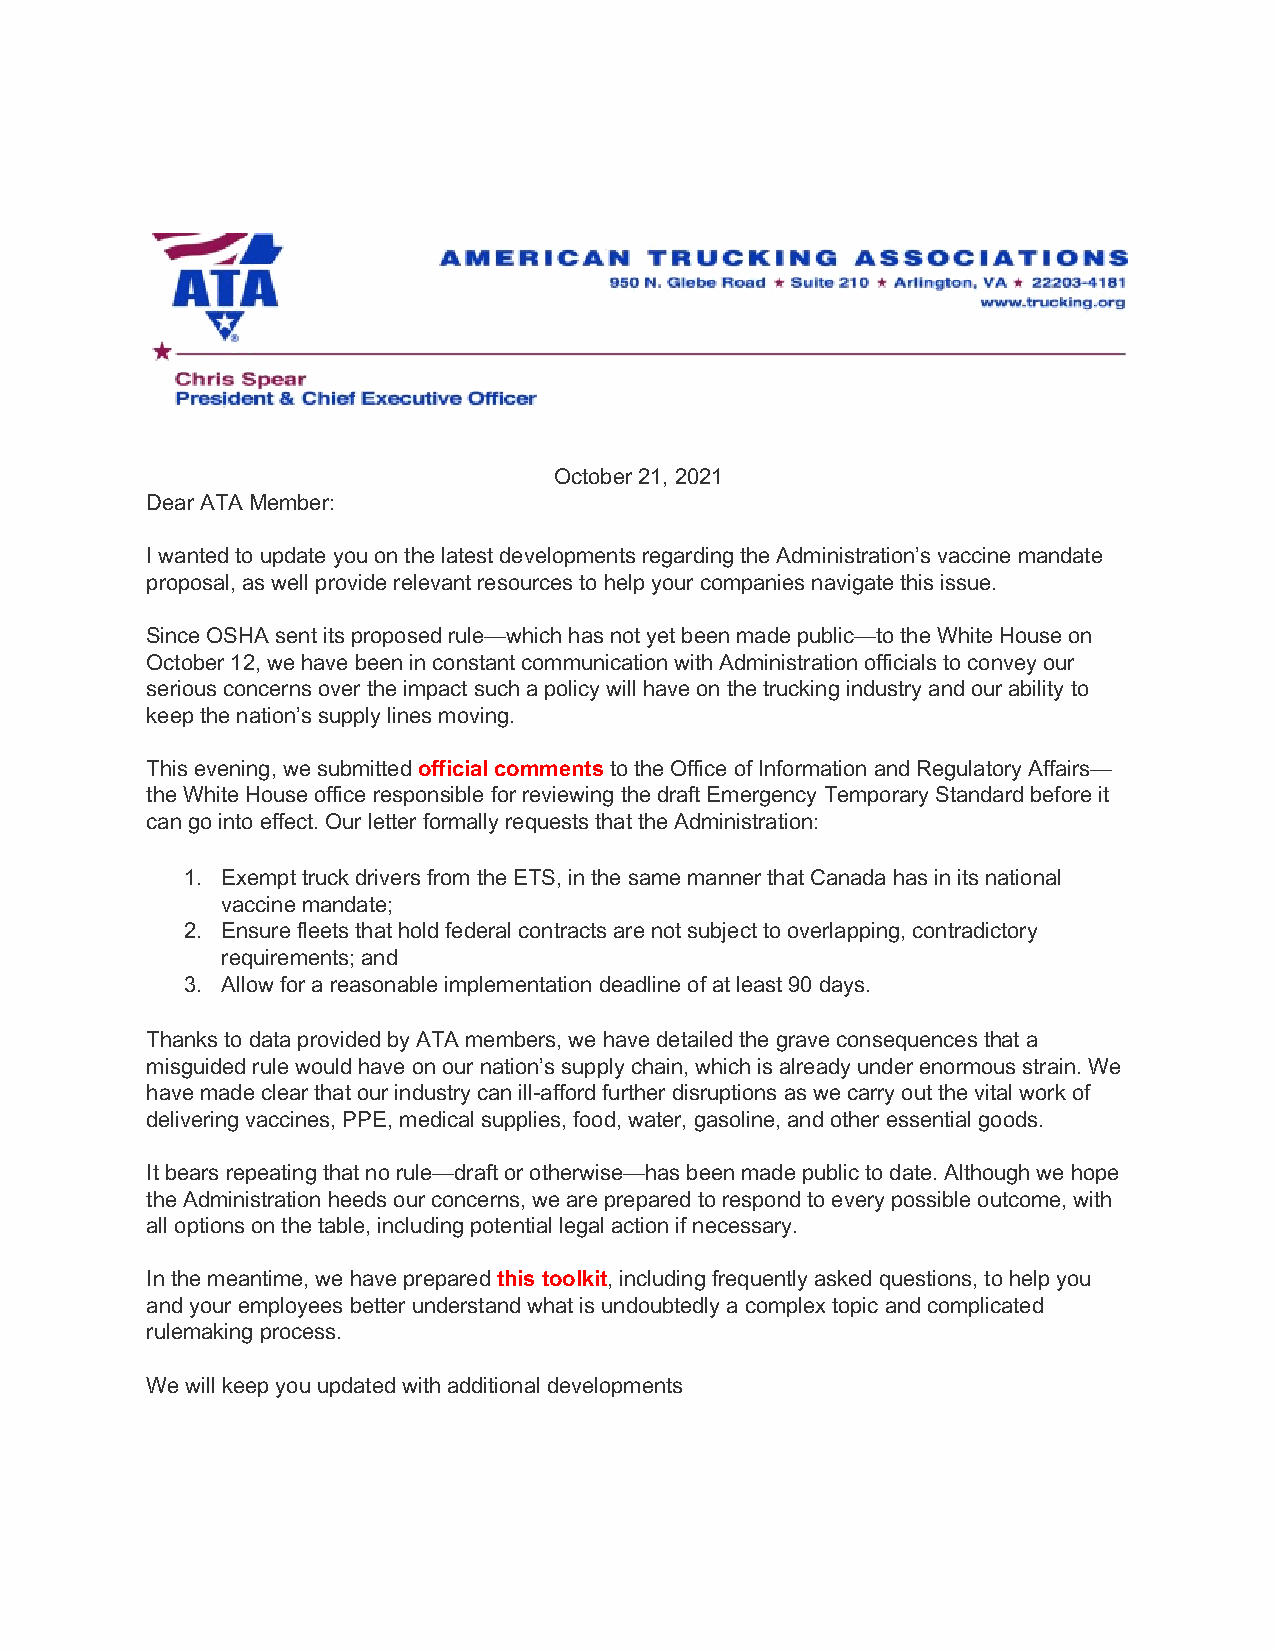
October 21, 2021
 Dear ATA Member:
 I wanted to update you on the latest developments regarding the Administration’s vaccine mandate
 proposal, as well provide relevant resources to help your companies navigate this issue.
 Since OSHA sent its proposed rule—which has not yet been made public—to the White House on
 October 12, we have been in constant communication with Administration officials to convey our
 serious concerns over the impact such a policy will have on the trucking industry and our ability to
 keep the nation’s supply lines moving.
 This evening, we submitted official comments to the Office of Information and Regulatory Affairs—
 the White House office responsible for reviewing the draft Emergency Temporary Standard before it
 can go into effect. Our letter formally requests that the Administration:
 1. Exempt truck drivers from the ETS, in the same manner that Canada has in its national
 vaccine mandate;
 2. Ensure fleets that hold federal contracts are not subject to overlapping, contradictory
 requirements; and
 3. Allow for a reasonable implementation deadline of at least 90 days.
 Thanks to data provided by ATA members, we have detailed the grave consequences that a
 misguided rule would have on our nation’s supply chain, which is already under enormous strain. We
 have made clear that our industry can ill-afford further disruptions as we carry out the vital work of
 delivering vaccines, PPE, medical supplies, food, water, gasoline, and other essential goods.
 It bears repeating that no rule—draft or otherwise—has been made public to date. Although we hope
 the Administration heeds our concerns, we are prepared to respond to every possible outcome, with
 all options on the table, including potential legal action if necessary.
 In the meantime, we have prepared this toolkit, including frequently asked questions, to help you
 and your employees better understand what is undoubtedly a complex topic and complicated
 rulemaking process.
 W e will keep you updated with additional developments